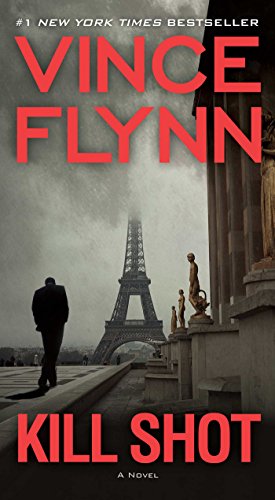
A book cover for Kill Shot: An American Assassin Thriller (The Mitch Rapp Series); Vince Flynn; Mystery, Thriller & Suspense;